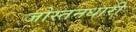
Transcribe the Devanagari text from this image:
जोस्तनधारी